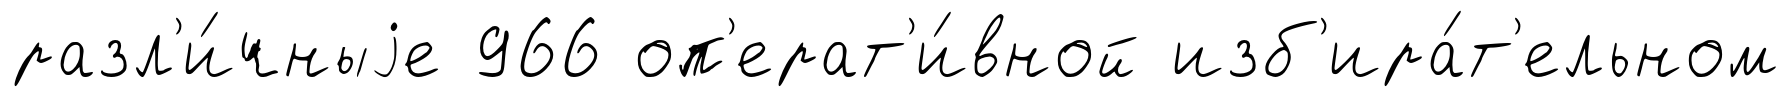
разл'и́чныjе 966 оп'ерат'и́вной изб'ира́т'ельном